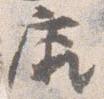
康